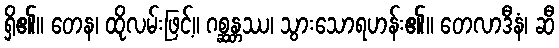
ရှိ၏။ တေန၊ ထိုလမ်းဖြင့်။ ဂစ္ဆန္တဿ၊ သွားသောရဟန်း၏။ တေလာဒီနံ၊ ဆီ